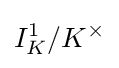
I_{K}^{1}/K^{\times }